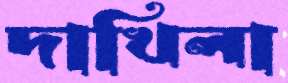
দাখিলা